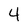
Character: 4